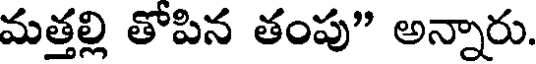
మత్తల్లి తోపిన తంపు" అన్నారు.